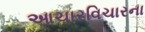
આચારવિચારના